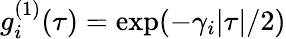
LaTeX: g_{i}^{(1)}(\tau)=\exp(-\gamma_{i}|\tau|/2)